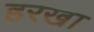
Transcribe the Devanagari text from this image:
हरखा